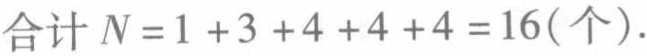
\(合计 N=1 + 3 + 4 + 4 + 4 = 16(个).\)